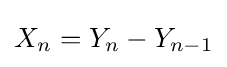
{\textstyle X_{n}=Y_{n}-Y_{n-1}}